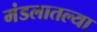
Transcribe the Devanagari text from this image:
मंडलातल्या